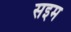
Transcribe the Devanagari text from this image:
सइम